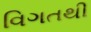
વિગતથી